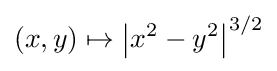
(x,y)\mapsto \left|x^{2}-y^{2}\right|^{3/2}